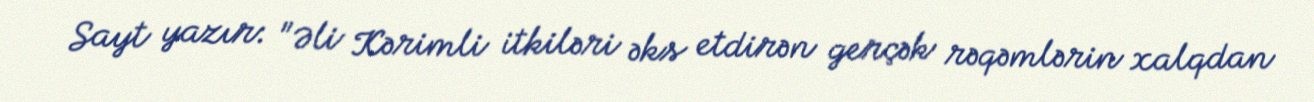
Sayt yazır: "Əli Kərimli itkiləri əks etdirən gerçək rəqəmlərin xalqdan